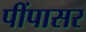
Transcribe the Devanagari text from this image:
पींपासर